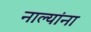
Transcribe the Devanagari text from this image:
नाल्यांना